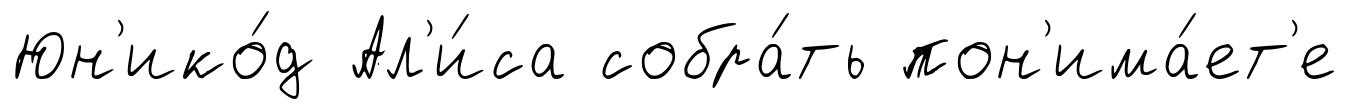
Юн'ико́д Ал'и́са собра́ть пон'има́ет'е